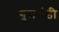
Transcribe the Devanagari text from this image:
गुलमंडी